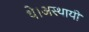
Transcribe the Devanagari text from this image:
थे।अस्थायी